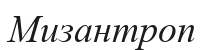
Мизантроп